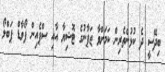
ބިދޭސީ ދެ ކުޅުންތެރިން ކަމަށްވާ ޖަޕާނުގެ ޓޮޝިޔާ އާއި ސްޕެއިން ފޯވާޑް ޕަބްލޯ